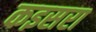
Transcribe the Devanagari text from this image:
कइसरा